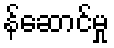
န်ဆောင်မှု